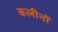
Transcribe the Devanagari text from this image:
कलीनों